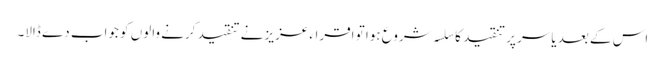
اس کے بعد یاسر پر تنقید کا سلسہ شروع ہوا تو اقراء عزیز نے تنقید کرنے والوں کو جواب دے ڈالا۔